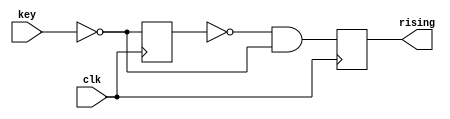

module button (input clk,input key, output rising);


//=======================================================
//  REG/WIRE declarations
//=======================================================




//=======================================================
//  Structural coding
//=======================================================
reg n;
reg rising_transition;
wire rising_transition_c;
// logic to detect 0 in previous cycle and 1 in current cycle
assign rising_transition_c = ~n & ~key;
// flip-flop instantiations
always @(posedge clk) begin
n <= #1 ~key;
rising_transition <= #1 rising_transition_c;
end
assign rising=rising_transition;

endmodule